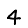
Digit: 4